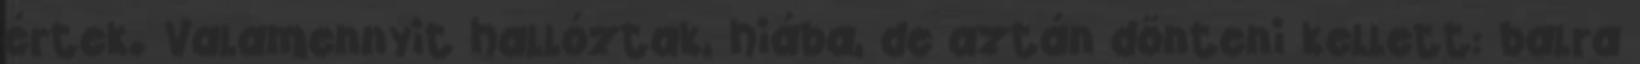
értek. Valamennyit hallóztak, hiába, de aztán dönteni kellett: balra